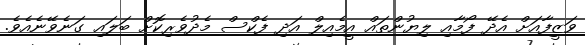
ވަޒީފާއަށް އެދޭ ފޯމާއި ލިޔުންތައް އީމެއިލް އަދި ފެކްސް މެދުވެރިކޮށް ބަލައި ގަނެވޭނެއެވެ.